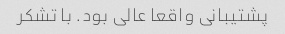
پشتیبانی واقعا عالی بود. با تشکر